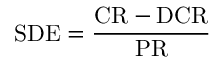
\mathrm { S D E } = \frac { \mathrm { C R } - \mathrm { D C R } } { \mathrm { P R } }